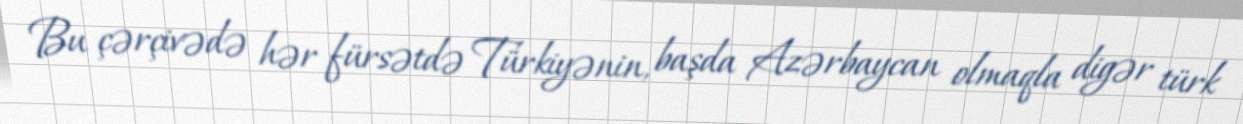
Bu çərçivədə hər fürsətdə Türkiyənin, başda Azərbaycan olmaqla digər türk